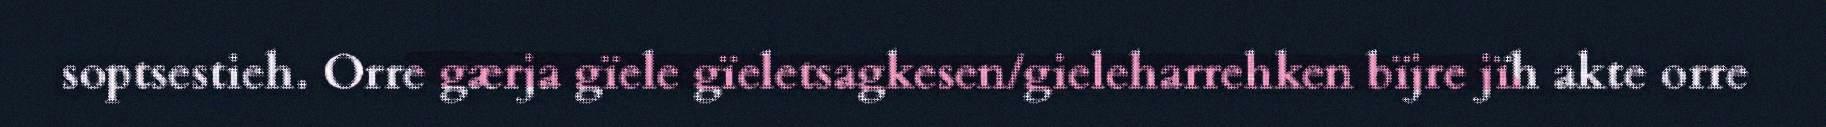
soptsestieh. Orre gærja gïele gïeletsagkesen/gieleharrehken bïjre jïh akte orre